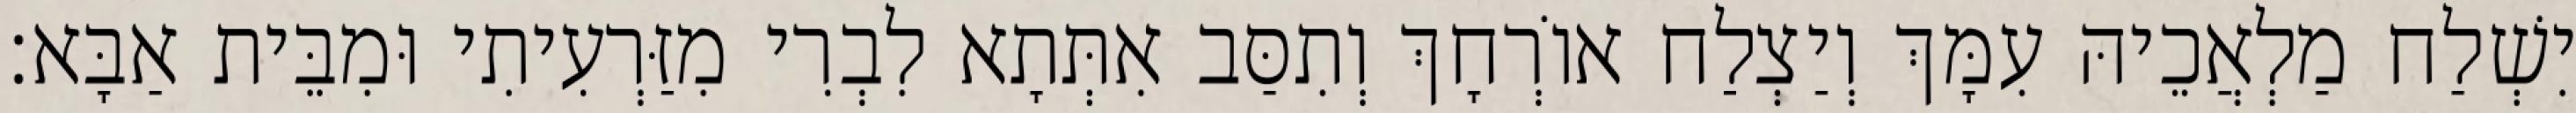
יִשְׁלַח מַלְאֲכֵיהּ עִמָּךְ וְיַצְלַח אוֹרְחָךְ וְתִסַּב אִתְּתָא לִבְרִי מִזַּרְעִיתִי וּמִבֵּית אַבָּא׃